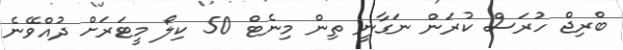
ބްރިޖް ހުރަސް ކުރަން ނަގާނީ ތިން މިނެޓް 50 ކިލޯ މީޓަރަށް ދުއްވޭނެ